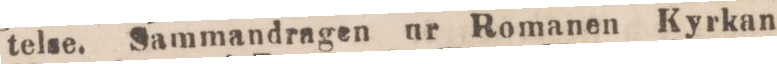
telse. Sammandragen ur Romanen Kyrkan